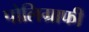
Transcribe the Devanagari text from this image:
पोलिग्राफी